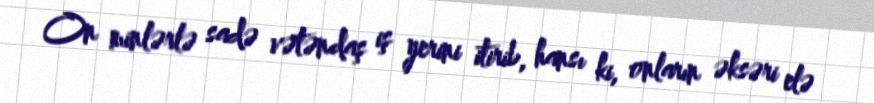
On minlərlə sadə vətəndaş iş yerini itirib, hansı ki, onların əksəri elə